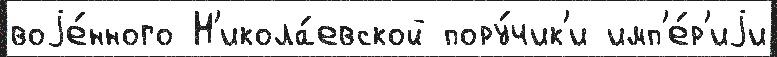
воjе́нного Н'икола́евской пору́чик'и имп'е́р'иjи